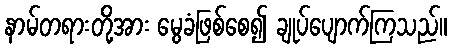
နာမ်တရားတို့အား မွေခံဖြစ်စေ၍ ချုပ်ပျောက်ကြသည်။